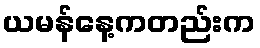
ယမန်နေ့ကတည်းက